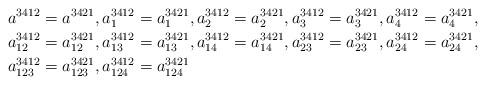
LaTeX: \begin{align*}a^{3412} & =a^{3421},a_{1}^{3412}=a_{1}^{3421},a_{2}^{3412}=a_{2}^{3421},a_{3}^{3412}=a_{3}^{3421},a_{4}^{3412}=a_{4}^{3421},\\a_{12}^{3412} & =a_{12}^{3421},a_{13}^{3412}=a_{13}^{3421},a_{14}^{3412}=a_{14}^{3421},a_{23}^{3412}=a_{23}^{3421},a_{24}^{3412}=a_{24}^{3421},\\a_{123}^{3412} & =a_{123}^{3421},a_{124}^{3412}=a_{124}^{3421}\end{align*}